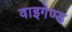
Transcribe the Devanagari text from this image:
वाइगेण्ड